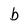
Character: b